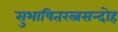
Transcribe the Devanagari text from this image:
सुभाषितरत्नसन्दोह